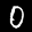
Label: 0